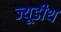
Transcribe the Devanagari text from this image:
ज्यूडीथ